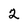
Character: 2